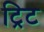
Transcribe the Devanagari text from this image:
ट्रिट